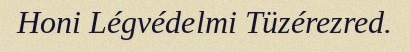
Honi Légvédelmi Tüzérezred.